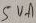
Text: 5VA